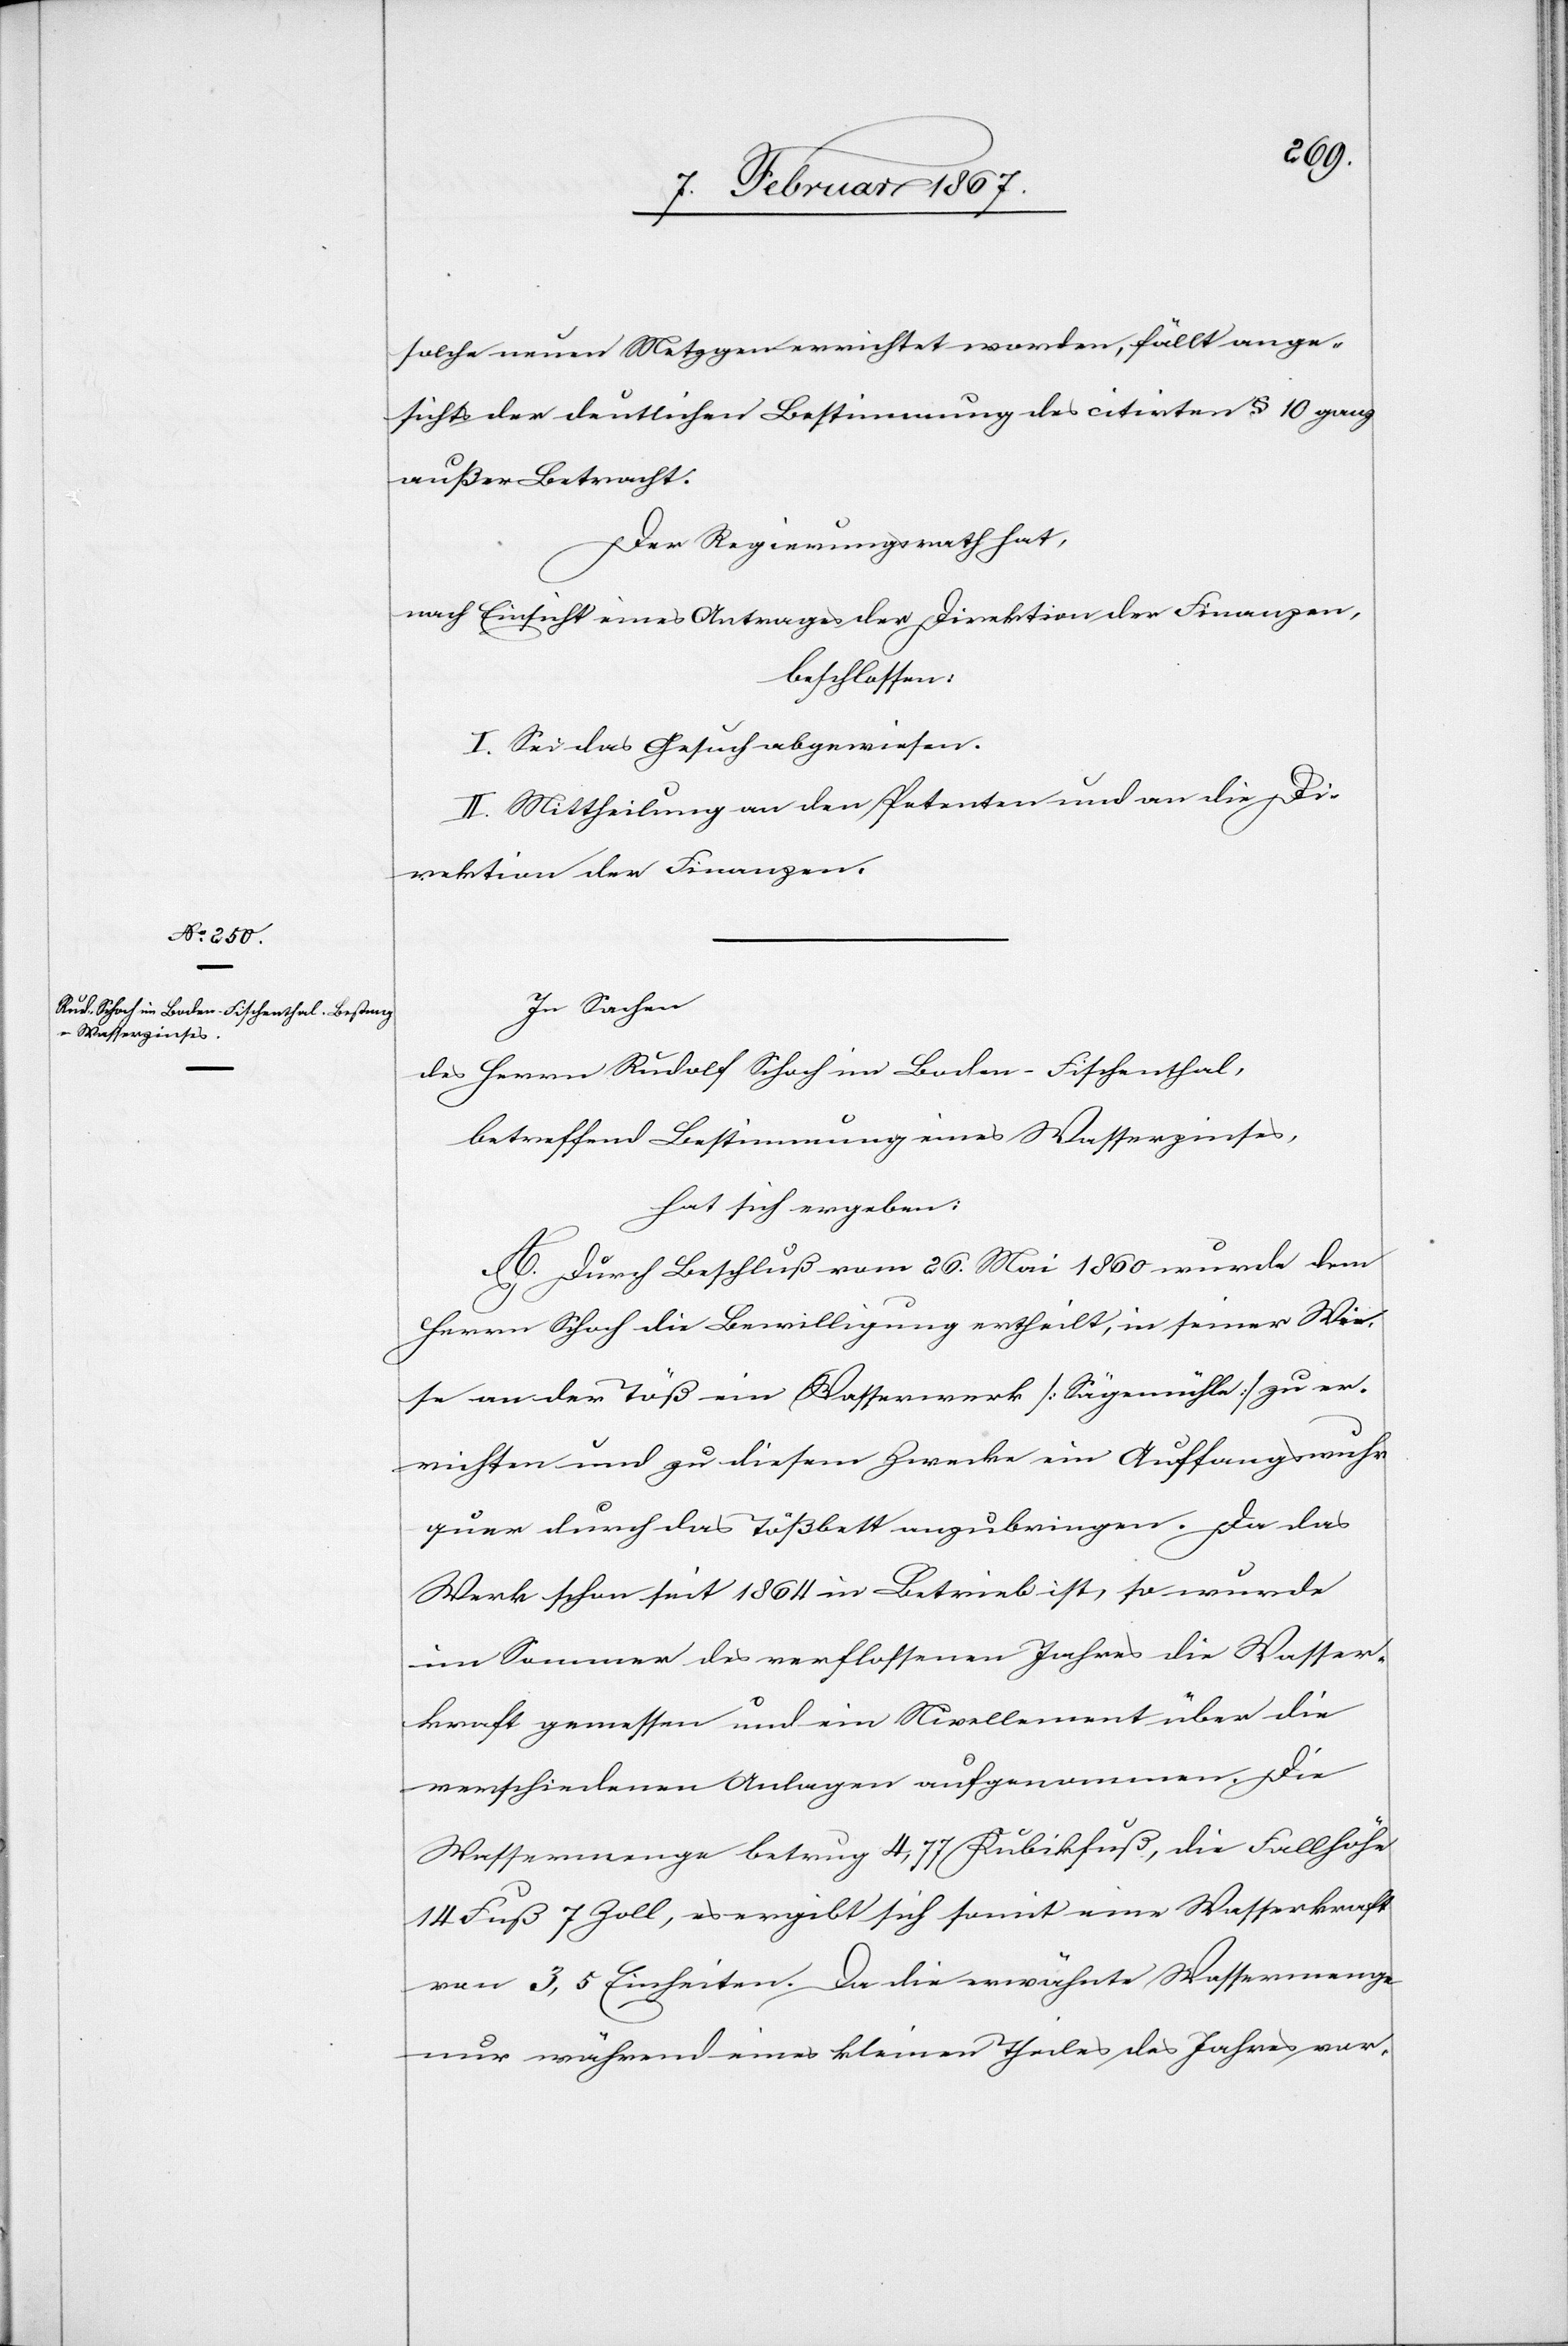
solche neuen Metzgen errichtet worden, fällt ange¬
sichts der deutlichen Bestimmung des citirten § 10 ganz
außer Betracht.
Der Regierungsrath hat,
nach Einsicht eines Antrages der Direktion der Finanzen,
beschlossen:
I. Sei das Gesuch abgewiesen.
II. Mittheilung an den Petenten und an die Di¬
rektion der Finanzen.
In Sachen
des Herrn Rudolf Schoch im Boden-Fischenthal,
betreffend Bestimmung eines Wasserzinses,
hat sich ergeben:
A. Durch Beschluß vom 26. Mai 1860 wurde dem
Herrn Schoch die Bewilligung ertheilt, in seiner Wie¬
se an der Töß ein Wasserwerk [Sägemühle] zu er¬
richten und zu diesem Zwecke ein Auffangswuhr
quer durch das Tößbett anzubringen. Da das
Werk schon seit 1864 in Betrieb ist, so wurde
im Sommer des verflossenen Jahres die Wasser¬
kraft gemessen und ein Nivellement über die
verschiedenen Anlagen aufgenommen. Die
Wassermenge betrug 4,77 Kubikfuß, die Fallhöhe
14 Fuß 7 Zoll, es ergibt sich somit eine Wasserkraft
von 3,5 Einheiten. Da die erwähnte Wassermenge
nur während eines kleinen Theiles des Jahres vor-